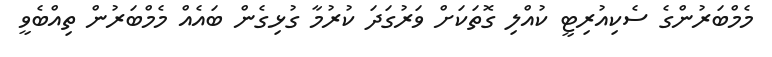
މެމްބަރުންގެ ސެކިއުރިޓީ ކުއްލި ގޮތަކަށް ވަރުގަދަ ކުރުމާ ގުޅިގެން ބައެއް މެމްބަރުން ތިއްބެވީ